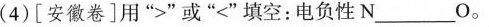
(4)[安徽卷]用“>”或“<”填空：电负性N___O。